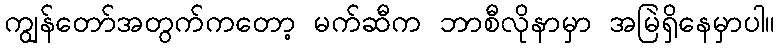
ကျွန်တော်အတွက်ကတော့ မက်ဆီက ဘာစီလိုနာမှာ အမြဲရှိနေမှာပါ။